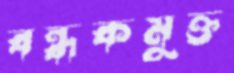
বন্ধকমুক্ত